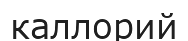
каллорий